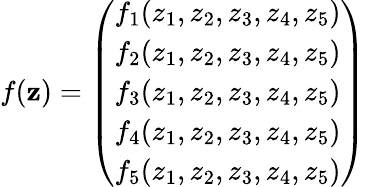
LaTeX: {f}({\mathbf z})=\left(\begin{array}{l}{f_{1}(z_{1},z_{2},z_{3},z_{4},z_{5})}\\ {f_{2}(z_{1},z_{2},z_{3},z_{4},z_{5})}\\ {f_{3}(z_{1},z_{2},z_{3},z_{4},z_{5})}\\ {f_{4}(z_{1},z_{2},z_{3},z_{4},z_{5})}\\ {f_{5}(z_{1},z_{2},z_{3},z_{4},z_{5})}\end{array}\right)